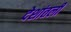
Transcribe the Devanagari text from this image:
देशांतली